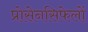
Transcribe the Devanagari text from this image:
प्रोसेनसिफेलों